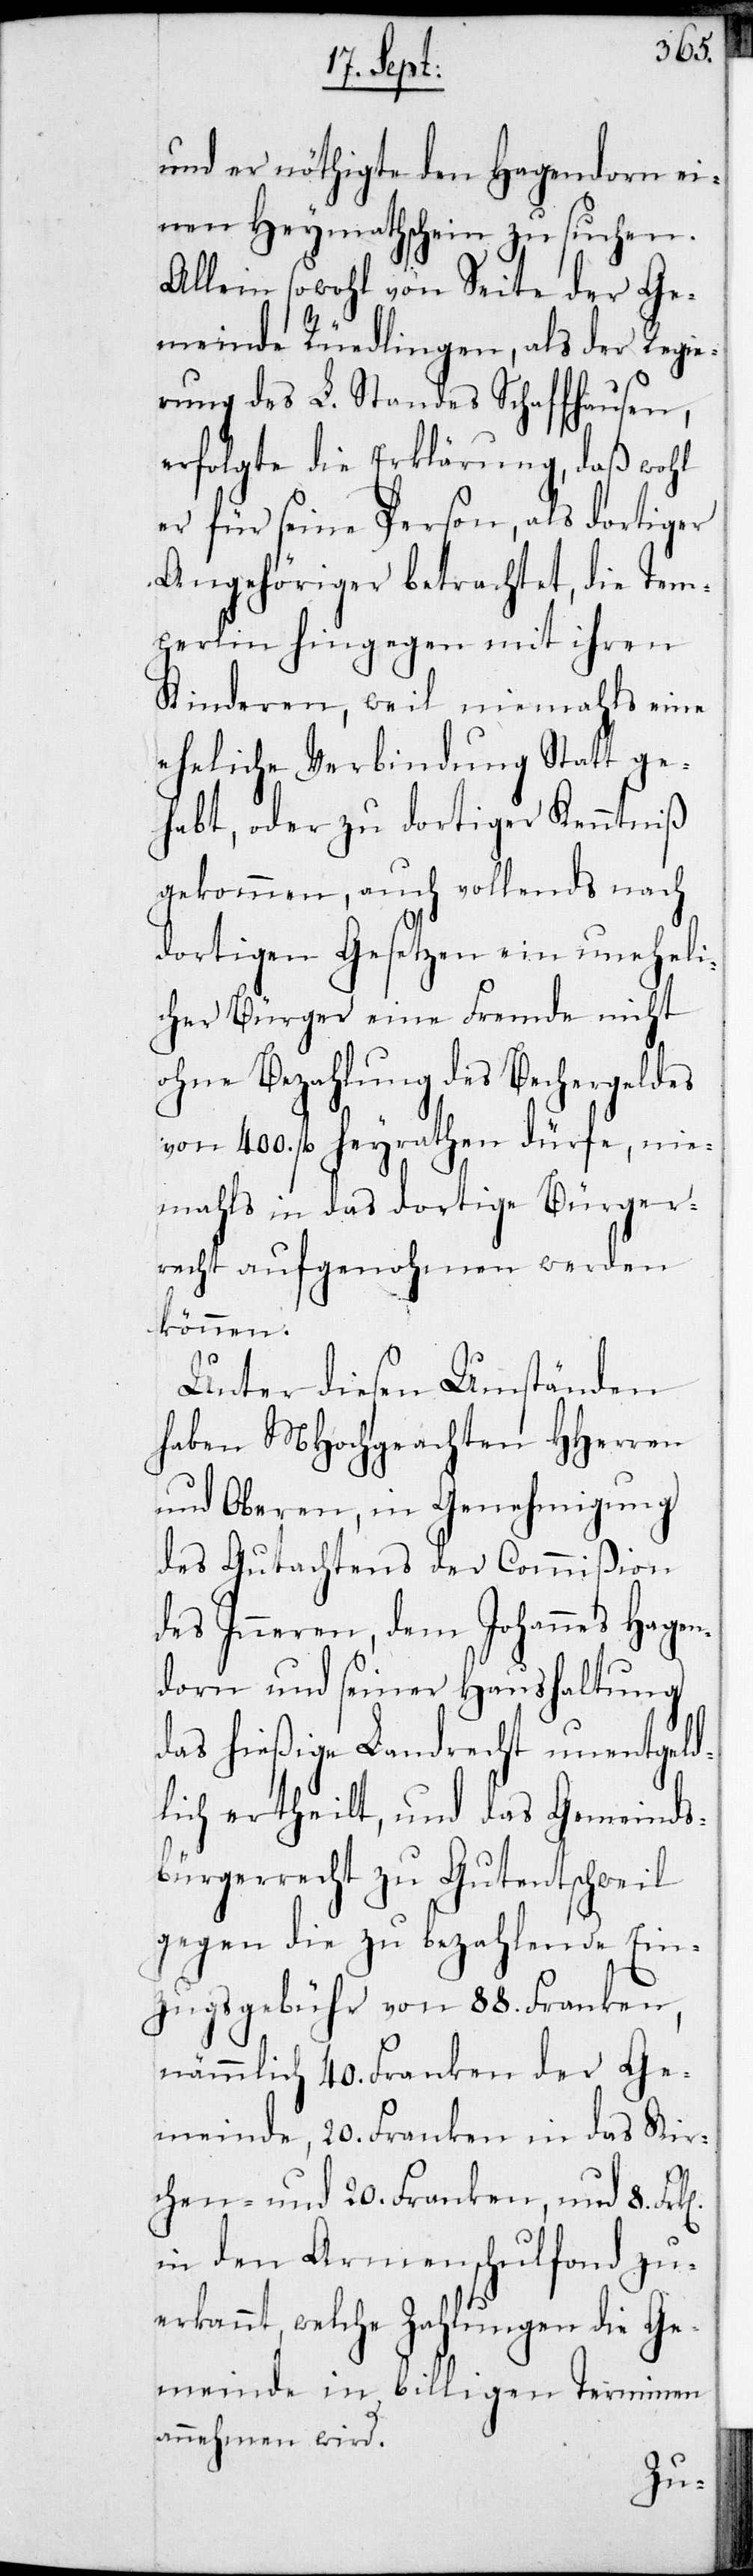
und er nöthigte den Hagendorn ei¬
nen Heymathschein zu suchen.
Allein sowohl von Seite der Ge¬
meinde Rüedlingen, als der Regie¬
rung des L. Standes Schaffhausen,
erfolgte die Erklärung, daß wohl
er für seine Person, als dortiger
Angehöriger betrachtet, die Tem¬
perlin hingegen mit ihren
Kinderen, weil niemahls eine
eheliche Verbindung Statt ge¬
habt, oder zu dortiger Kenntniß
gekommen, auch vollends nach
dortigen Gesetzen ein uneheli¬
cher Bürger eine Fremde nicht
ohne Bezahlung des Bechergeldes
von 400. fl. heyrathen dürfe, nie¬
mahls in das dortige Bürger¬
recht aufgenohmen werden
können.
Unter diesen Umständen
haben MHochgeachten HHerren
und Oberen, in Genehmigung
des Gutachtens der Commißion
des Inneren, dem Johannes Hagen¬
dorn und seiner Haushaltung
das hießige Landrecht unentgeld¬
lich ertheilt, und das Gemeinds¬
bürgerrecht zu Gutentschweil
gegen die zu bezahlende Ein¬
zugsgebühr von 88. Franken,
nämmlich 40. Franken der Ge¬
meinde, 20. Franken in das Kir¬
chen- und 20. Franken, und 8.
in den Armenschulfond zu¬
erkannt, welche Zahlungen die Ge¬
meinde in billigen Terminen
annehmen wird.